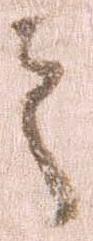
之